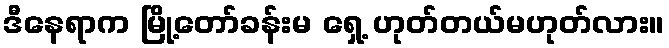
ဒီနေရာက မြို့တော်ခန်းမ ရှေ့ ဟုတ်တယ်မဟုတ်လား။